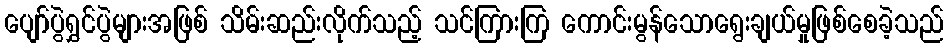
ပျော်ပွဲရွှင်ပွဲများအဖြစ် သိမ်းဆည်းလိုက်သည့် သင်ကြားကြ ကောင်းမွန်သောရွေးချယ်မှုဖြစ်စေခဲ့သည်